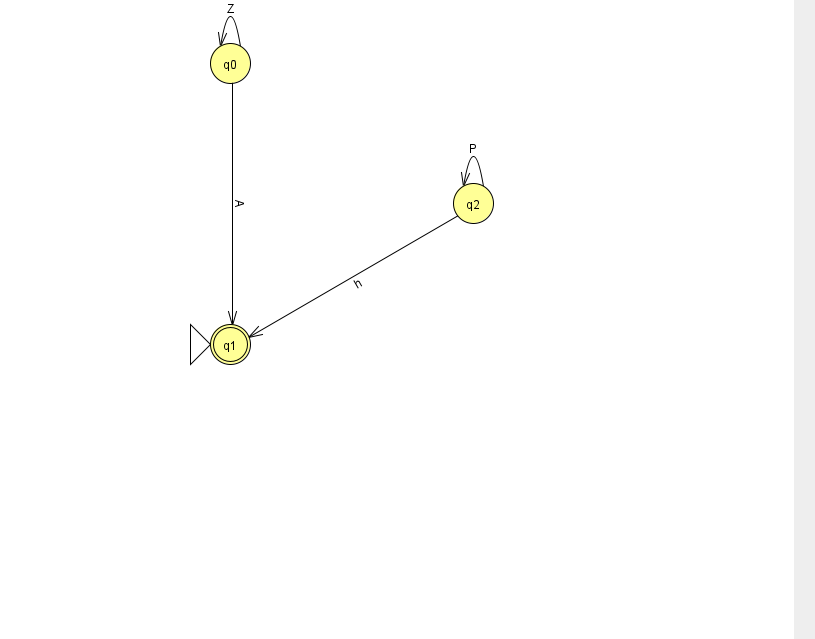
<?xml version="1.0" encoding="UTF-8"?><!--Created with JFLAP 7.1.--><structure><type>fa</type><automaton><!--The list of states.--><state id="0" name="q0"><x>230.0</x><y>50.0</y></state><state id="1" name="q1"><x>230.0</x><y>331.0</y><initial/><final/></state><state id="2" name="q2"><x>473.0</x><y>190.0</y></state><!--The list of transitions.--><transition><from>2</from><to>2</to><read>P</read></transition><transition><from>0</from><to>1</to><read>A</read></transition><transition><from>0</from><to>0</to><read>Z</read></transition><transition><from>2</from><to>1</to><read>h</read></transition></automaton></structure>